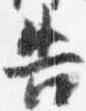
告